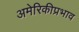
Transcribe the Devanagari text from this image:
अमेरिकीप्रभाव